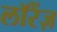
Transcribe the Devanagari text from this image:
लॉरेंज़